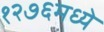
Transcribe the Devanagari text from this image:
१२७६मध्ये